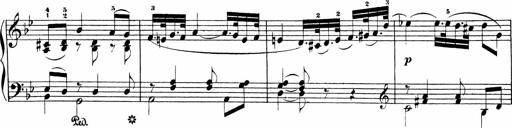
Title: Sonatinen Op.47, 98 und 136, nebst 6 Liedersonatinen
Composer: Carl Reinecke